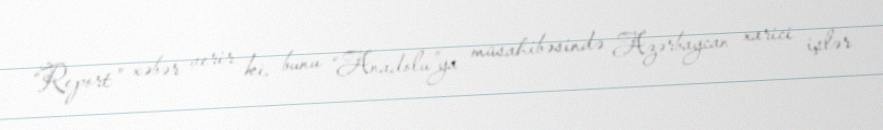
“Report” xəbər verir ki, bunu “Anadolu”ya müsahibəsində Azərbaycan xarici işlər